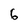
Character: 6